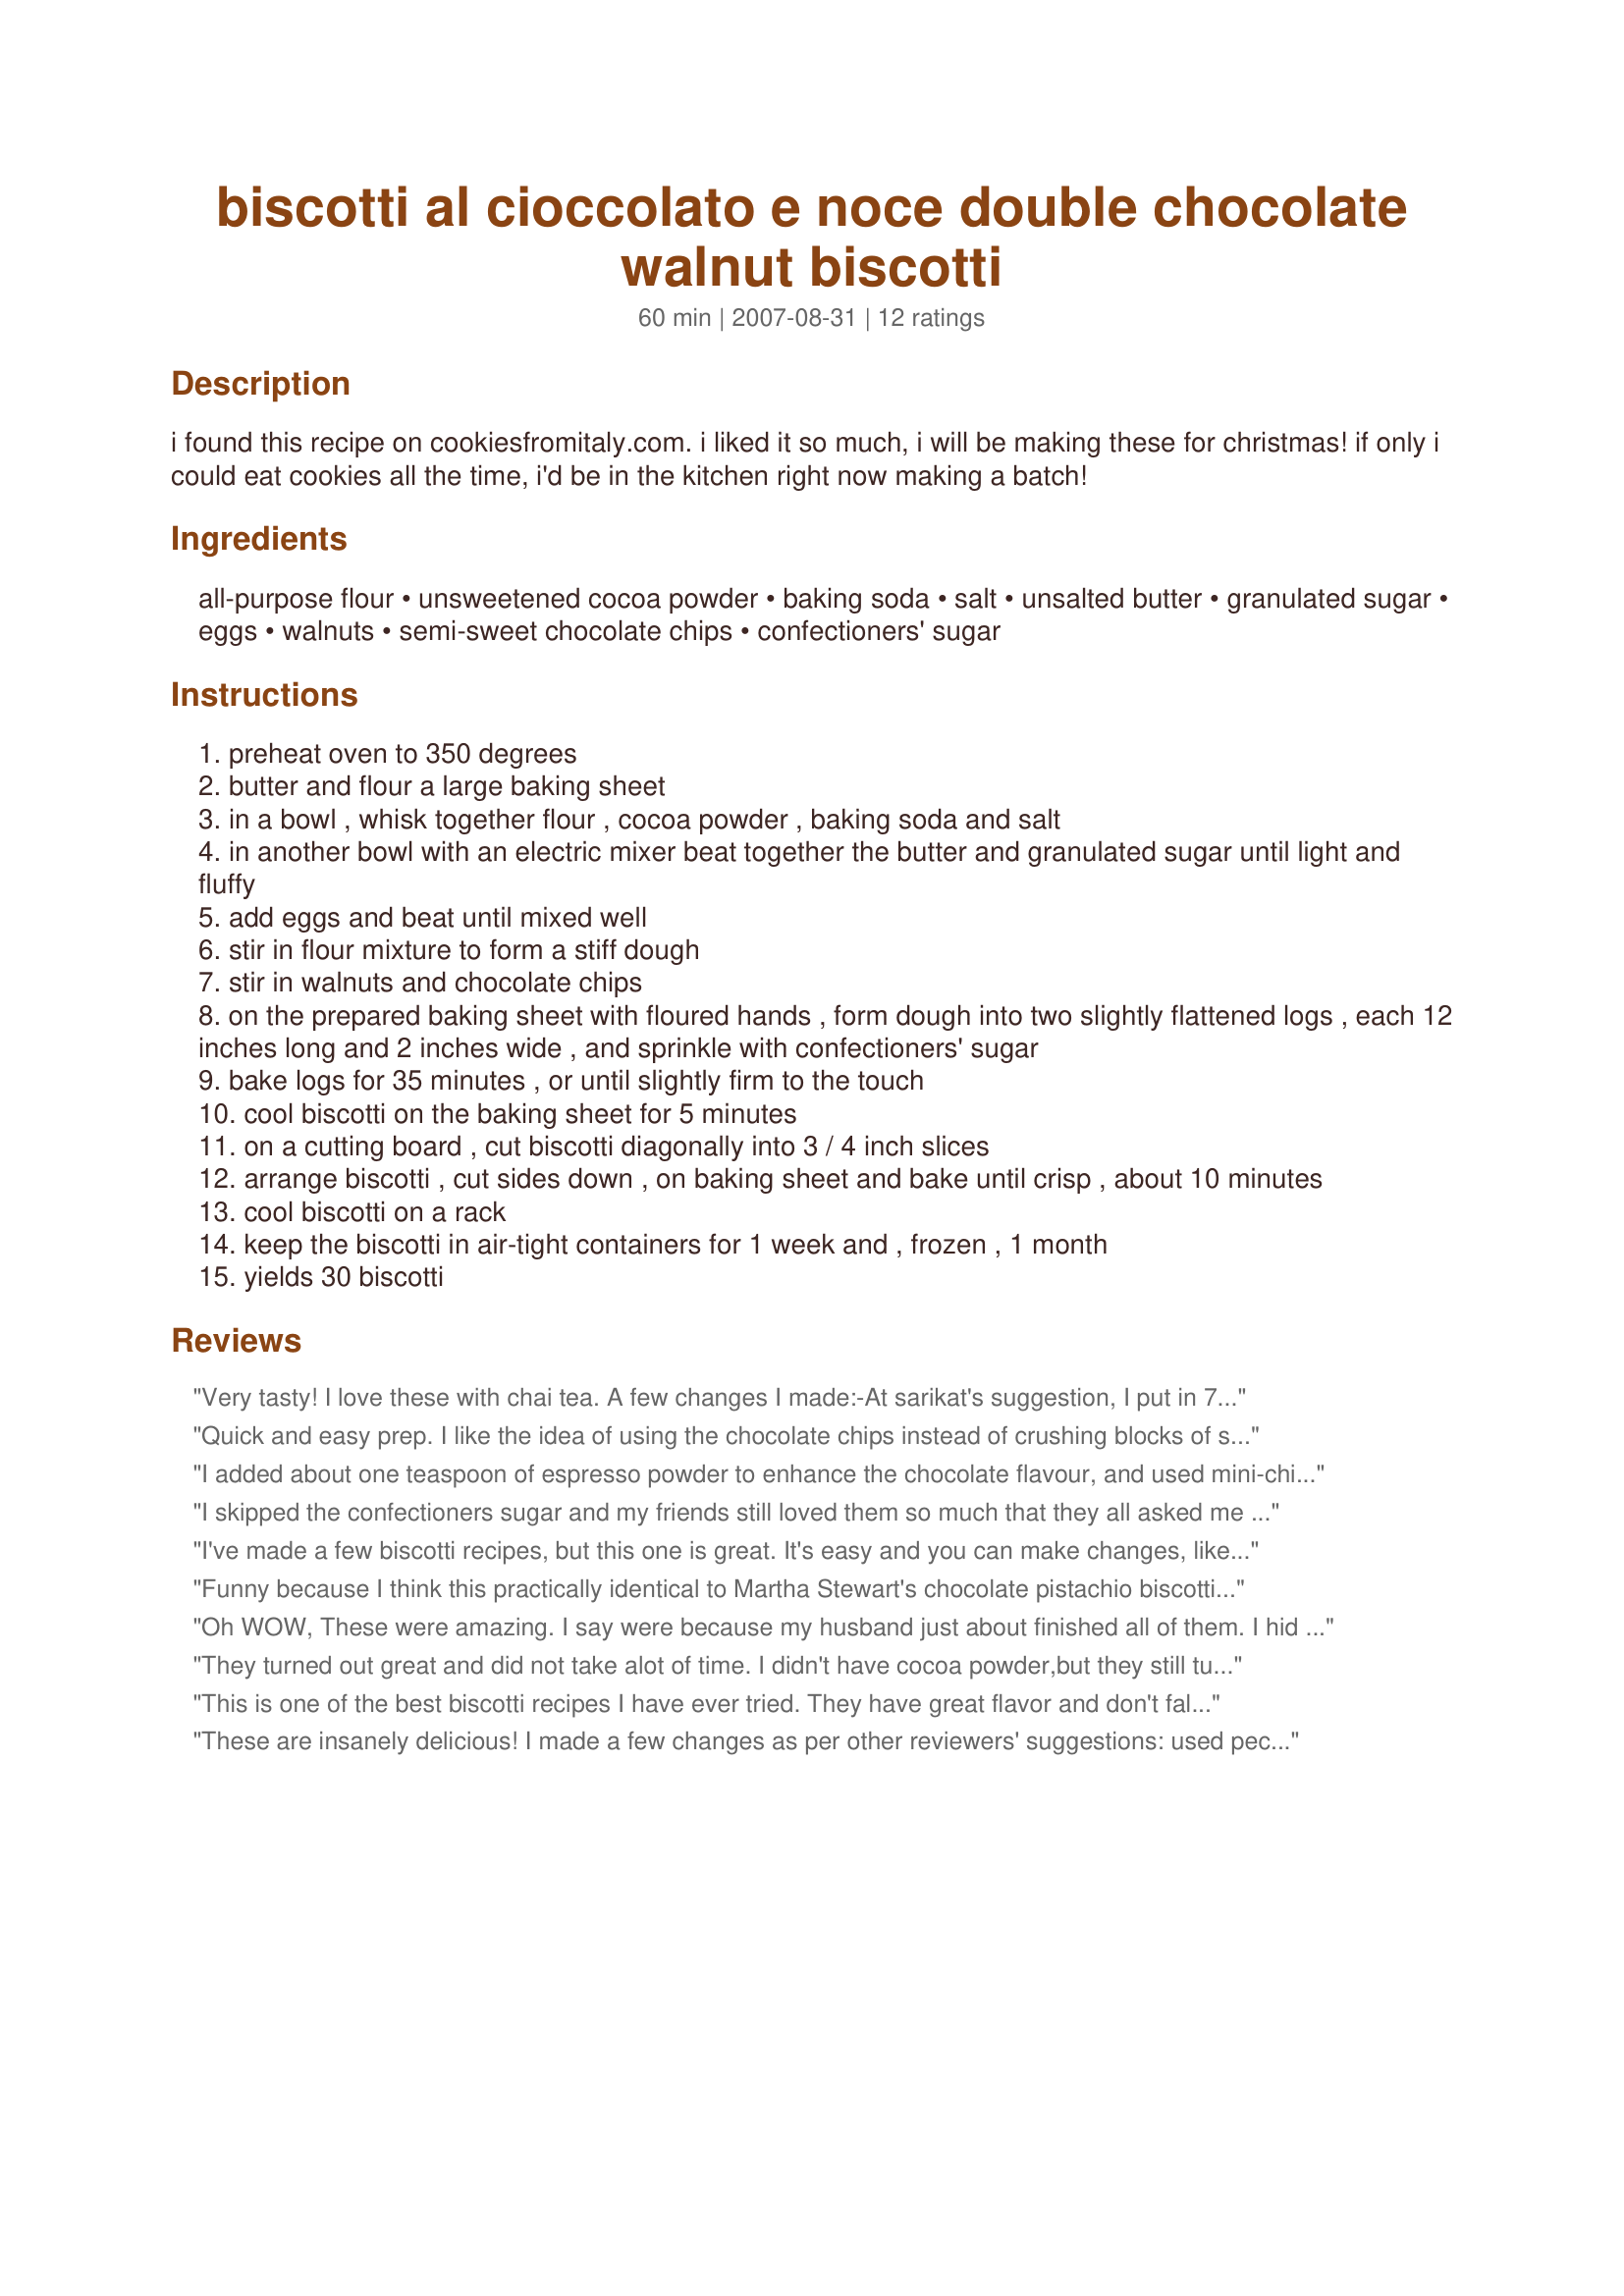
biscotti al cioccolato e noce double chocolate walnut biscotti
Preparation time: 60 minutes

i found this recipe on cookiesfromitaly.com. i liked it so much, i will be making these for christmas! if only i could eat cookies all the time, i'd be in the kitchen right now making a batch!

Ingredients:
all-purpose flour, unsweetened cocoa powder, baking soda, salt, unsalted butter, granulated sugar, eggs, walnuts, semi-sweet chocolate chips, confectioners' sugar

Steps:
preheat oven to 350 degrees
butter and flour a large baking sheet
in a bowl , whisk together flour , cocoa powder , baking soda and salt
in another bowl with an electric mixer beat together the butter and granulated sugar until light and fluffy
add eggs and beat until mixed well
stir in flour mixture to form a stiff dough
stir in walnuts and chocolate chips
on the prepared baking sheet with floured hands , form dough into two slightly flattened logs , each 12 inches long and 2 inches wide , and sprinkle with confectioners' sugar
bake logs for 35 minutes , or until slightly firm to the touch
cool biscotti on the baking sheet for 5 minutes
on a cutting board , cut biscotti diagonally into 3 / 4 inch slices
arrange biscotti , cut sides down , on baking sheet and bake until crisp , about 10 minutes
cool biscotti on a rack
keep the biscotti in air-tight containers for 1 week and , frozen , 1 month
yields 30 biscotti

Reviews:
Very tasty! I love these with chai tea. <br/><br/>A few changes I made:<br/>-At sarikat's suggestion, I put in 7T of butter instead of 6T and added vanilla. <br/>-Along with the powdered sugar, I also sprinkled on cinnamon before baking. I'm a big fan of cinnamon and chocolate together, so that extra bit of flavor really made these pop for me. <br/><br/>-One major tip: DO NOT only let these cool for 5 minutes before slicing and returning to the oven. I'm not sure why the recipe calls for such a short amount of time. After only 5 minutes of cooling, when I went to slice my first biscotti loaf, it simply crumbled. For my second loaf, I waited a good 15-20 minutes until they were almost entirely cool and then sliced -- they turned out beautifully.
Quick and easy prep. I like the idea of using the chocolate chips instead of crushing blocks of semi sweet in the food processor.

I used pecans instead of the walnuts since we grow them in this part of the country.
I added about one teaspoon of espresso powder to enhance the chocolate flavour, and used mini-chips for more chocolate in each bite.
I skipped the confectioners sugar and my friends still loved them so much that they all asked me for the recipe. Keeping this one handy for future use!
I've made a few biscotti recipes, but this one is great. It's easy and you can make changes, like adding coffee flavor or cut - up candy bars.
Funny because I think this practically identical to Martha Stewart's chocolate pistachio biscotti recipe. Nonetheless, these are great! I like it better with the walnuts, anyway :)
Oh WOW,
These were amazing. I say were because my husband just about finished all of them. I hid a few for the gift bags. 
I used almonds, dark and white chocochips.
The cooling time was perfect and the powderd sugar looks like snow ;-) 
Not a single crumbler.
Thank you this will be a regular cookie for around here
Zinfull
They turned out great and did not take alot of time. I didn't have cocoa powder,but they still turned out good.I made three batches using walnuts in one,red food coloring in the other and green in the last one to give it a Christmas feel, and they look great. Thank you, I will be making these every year.
This is one of the best biscotti recipes I have ever tried. They have great flavor and don't fall apart. They are not crispy and hard and great for dessert with an Italian meal.
These are insanely delicious! I made a few changes as per other reviewers' suggestions: used pecans instead of walnuts, added a tsp of vanilla, and used mini chocolate chips. The dough was seriously crumbly and I had about 25% breakage, but it's totally worth saving the crumbs! Thanks so much, Maureenie! ETA: The second time, I used 7 T. butter and had way less breakage.
soo good! just add a lil vanilla to make perfect! will make again
The Best!!! I have recently gone back to work and this made me the hit of the office. The only change I made was to use 1/2 c. white sugar and 1/2 brown sugar. Thanks again for the great recipe, every one wants a copy.
